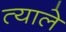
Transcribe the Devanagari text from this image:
त्याले